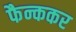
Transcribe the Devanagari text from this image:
फैन्ककर